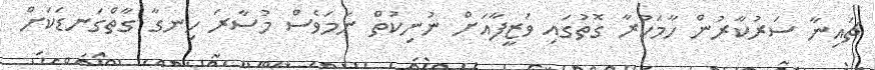
ޗައިނާ ސަރުކާރުން ހާމަކުރާ ގޮތުގައި ވަޒީފާއަށް ނުނިކުތް ނަމަވެސް މުސާރަ ހިނގާ ގާތްގަނޑަކަށް